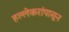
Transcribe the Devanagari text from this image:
हल्लेकरांपासून